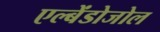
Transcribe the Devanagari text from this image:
एल्बेंडोजोल